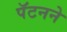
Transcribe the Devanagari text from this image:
पॅटनने